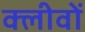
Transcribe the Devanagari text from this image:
क्लीवों